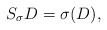
\begin{align*}S_\sigma D=\sigma(D),\end{align*}